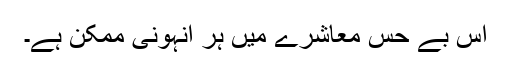
اس بے حس معاشرے میں ہر انہونی ممکن ہے۔